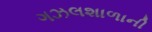
ગઝલશાળાની